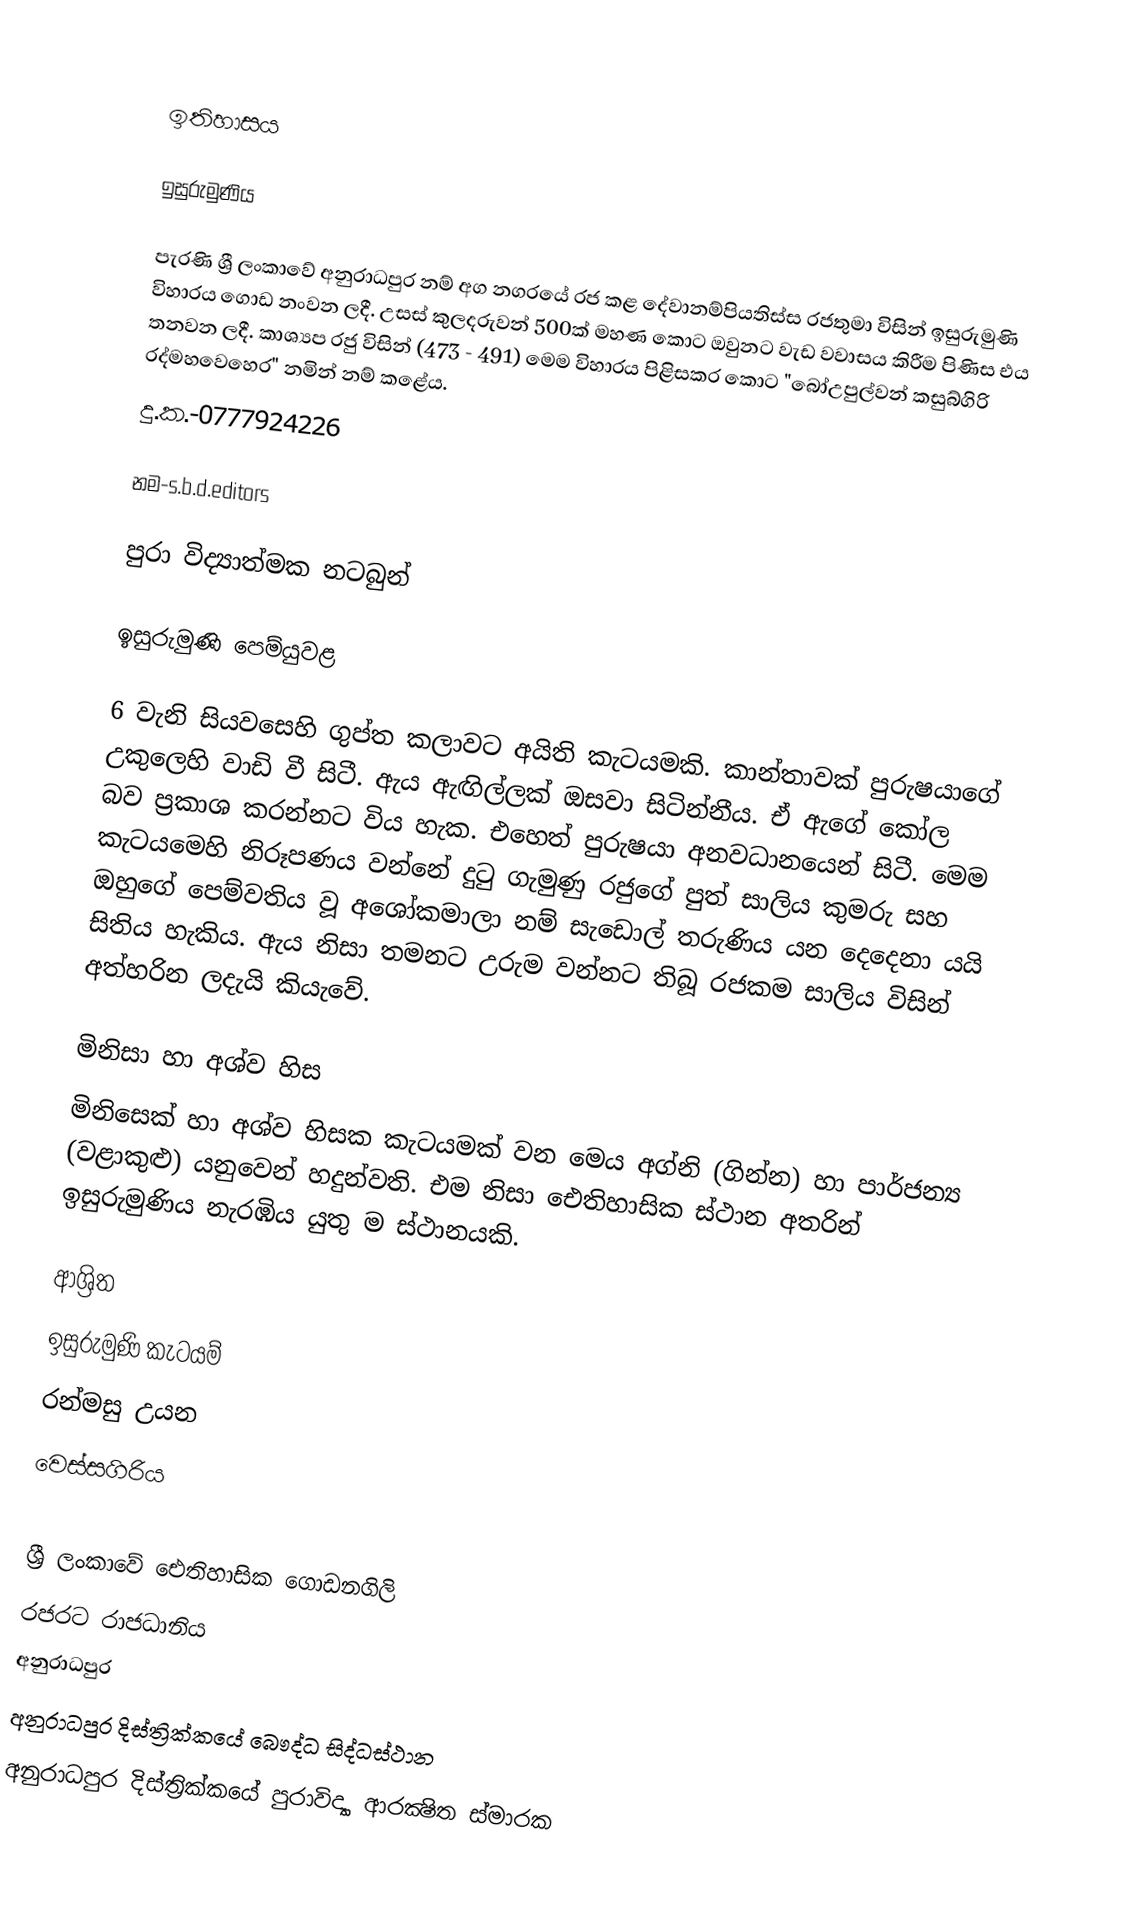

ඉතිහාසය

ඉසුරුමුණිය

 පැරණි ශ්‍රී ලංකාවේ අනුරාධපුර නම් අග නගරයේ රජ කළ දේවානම්පියතිස්ස රජතුමා විසින් ඉසුරුමුණි විහාරය ගොඩ නංවන ලදී. උසස් කුලදරුවන් 500ක් මහණ කොට ඔවුනට වැඩ වවාසය කිරීම පිණිස එය තනවන ලදී. කාශ්‍යප රජු විසින් (473 - 491) මෙම විහාරය පිළිසකර කොට "බෝඋපුල්වන් කසුබ්ගිරි රද්මහවෙහෙර" නමින් නම් කළේය.
දු.ක.-0777924226

නම-s.b.d.editors

පුරා විද්‍යාත්මක නටබුන්

ඉසුරුමුණි පෙම්යුවළ

6 වැනි සියවසෙහි ගුප්ත කලාවට අයිති කැටයමකි. කාන්තාවක් පුරුෂයාගේ උකුලෙහි වාඩි වී සිටී. ඇය ඇඟිල්ලක් ඔසවා සිටින්නීය. ඒ ඇගේ කෝල බව ප්‍රකාශ කරන්නට විය හැක. එහෙත් පුරුෂයා අනවධානයෙන් සිටී. මෙම කැටයමෙහි නිරූපණය වන්නේ දුටු ගැමුණු රජුගේ පුත් සාලිය කුමරු සහ ඔහුගේ පෙම්වතිය වූ අශෝකමාලා නම් සැඩොල් තරුණිය යන දෙදෙනා යයි සිතිය හැකිය. ඇය නිසා තමනට උරුම වන්නට තිබූ රජකම සාලිය විසින් අත්හරින ලදැයි කියැවේ.

මිනිසා හා අශ්ව හිස
මිනිසෙක් හා අශ්ව හිසක කැටයමක් වන මෙය අග්නි (ගින්න) හා පාර්ජන්‍ය (වළාකුළු) යනුවෙන් හදුන්වති. එම නිසා ඓතිහාසික ස්ථාන අතරින් ඉසුරුමුණිය නැරඹිය යුතු ම ස්ථානයකි.

ආශ්‍රිත
 ඉසුරුමුණි කැටයම්
 රන්මසු උයන
 වෙස්සගිරිය

ශ්‍රී ලංකා‍වේ ඓතිහාසික ගොඩනගිලි
රජරට රාජධානිය
අනුරාධපුර
අනුරාධපුර දිස්ත්‍රික්කයේ බෞද්ධ සිද්ධස්ථාන
අනුරාධපුර දිස්ත්‍රික්කයේ පුරාවිද්‍යා ආරක්‍ෂිත ස්මාරක‎